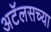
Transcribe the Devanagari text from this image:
अटॅलसच्या